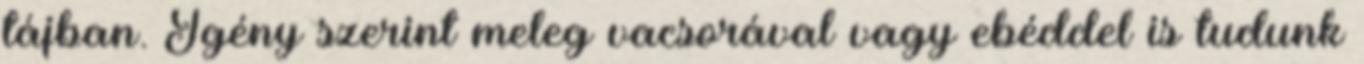
tájban. Igény szerint meleg vacsorával vagy ebéddel is tudunk